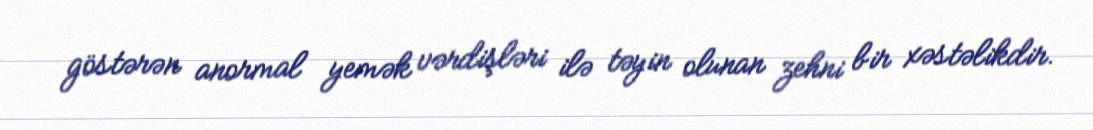
göstərən anormal yemək vərdişləri ilə təyin olunan zehni bir xəstəlikdir.